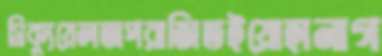
সিক্যুয়েলঅপরাজিতইয়োহানাগ